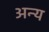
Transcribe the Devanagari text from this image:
अन्य